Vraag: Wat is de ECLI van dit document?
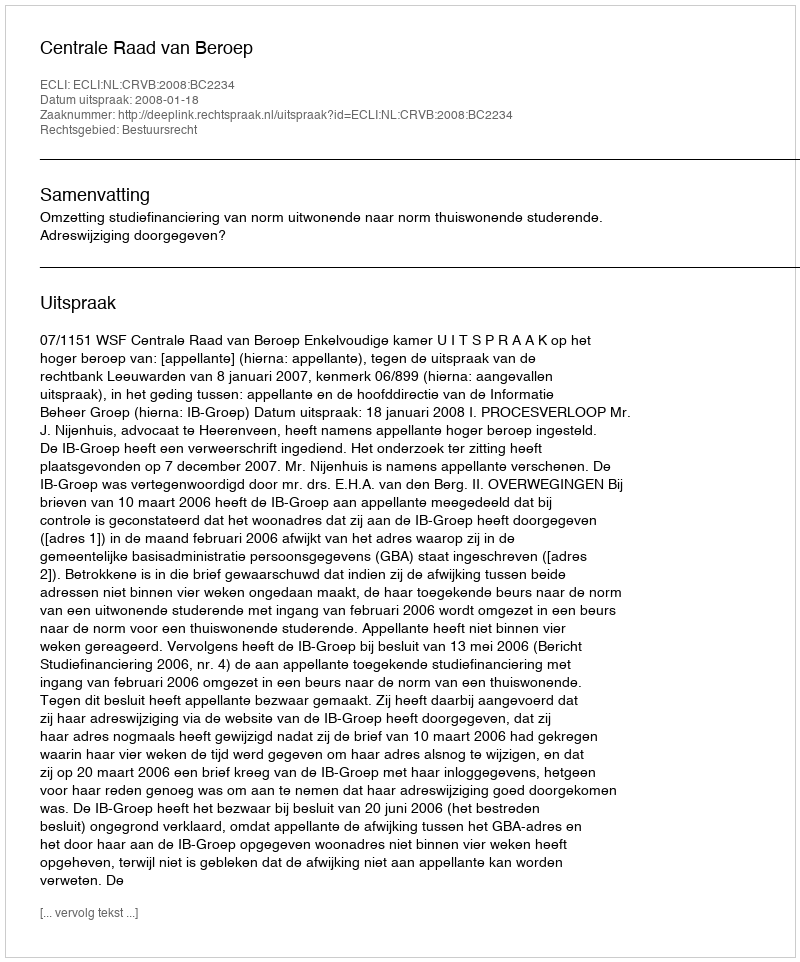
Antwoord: ECLI:NL:CRVB:2008:BC2234